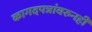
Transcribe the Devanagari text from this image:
कागदपत्रांवरुनही